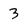
Character: 3